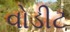
વોડીટ